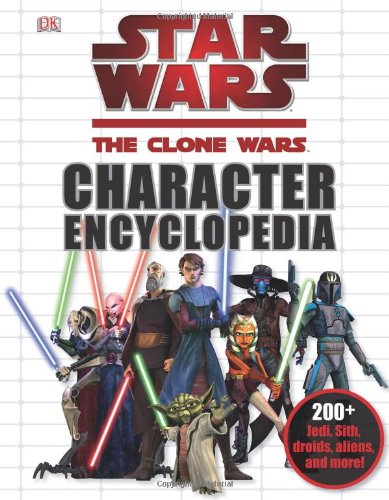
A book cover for Star Wars: The Clone Wars Character Encyclopedia; DK; Reference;